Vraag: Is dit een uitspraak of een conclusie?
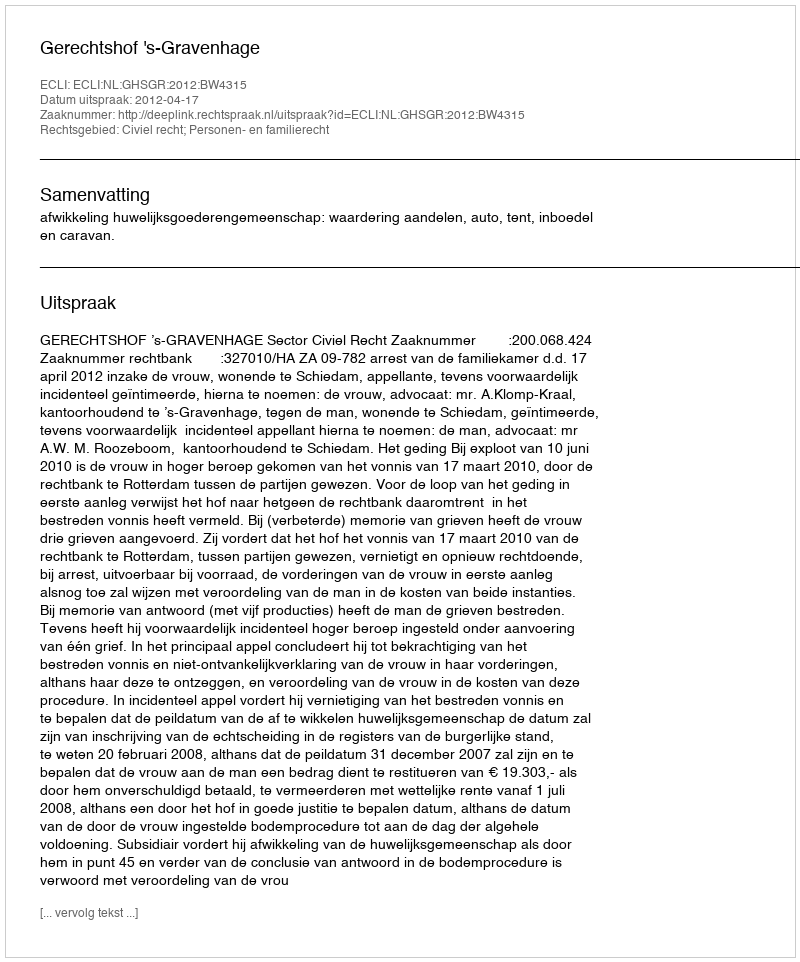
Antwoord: Uitspraak